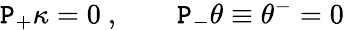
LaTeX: {\cal\mathtt{P}}_{+}\kappa=0\ ,\qquad{\cal\mathtt{P}}_{-}\theta\equiv\theta^{-}=0